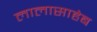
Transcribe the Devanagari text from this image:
लालासाहेब